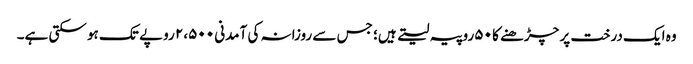
وہ ایک درخت پر چڑھنے کا ۵۰ روپیہ لیتے ہیں؛ جس سے روزانہ کی آمدنی ۲،۵۰۰ روپے تک ہو سکتی ہے۔